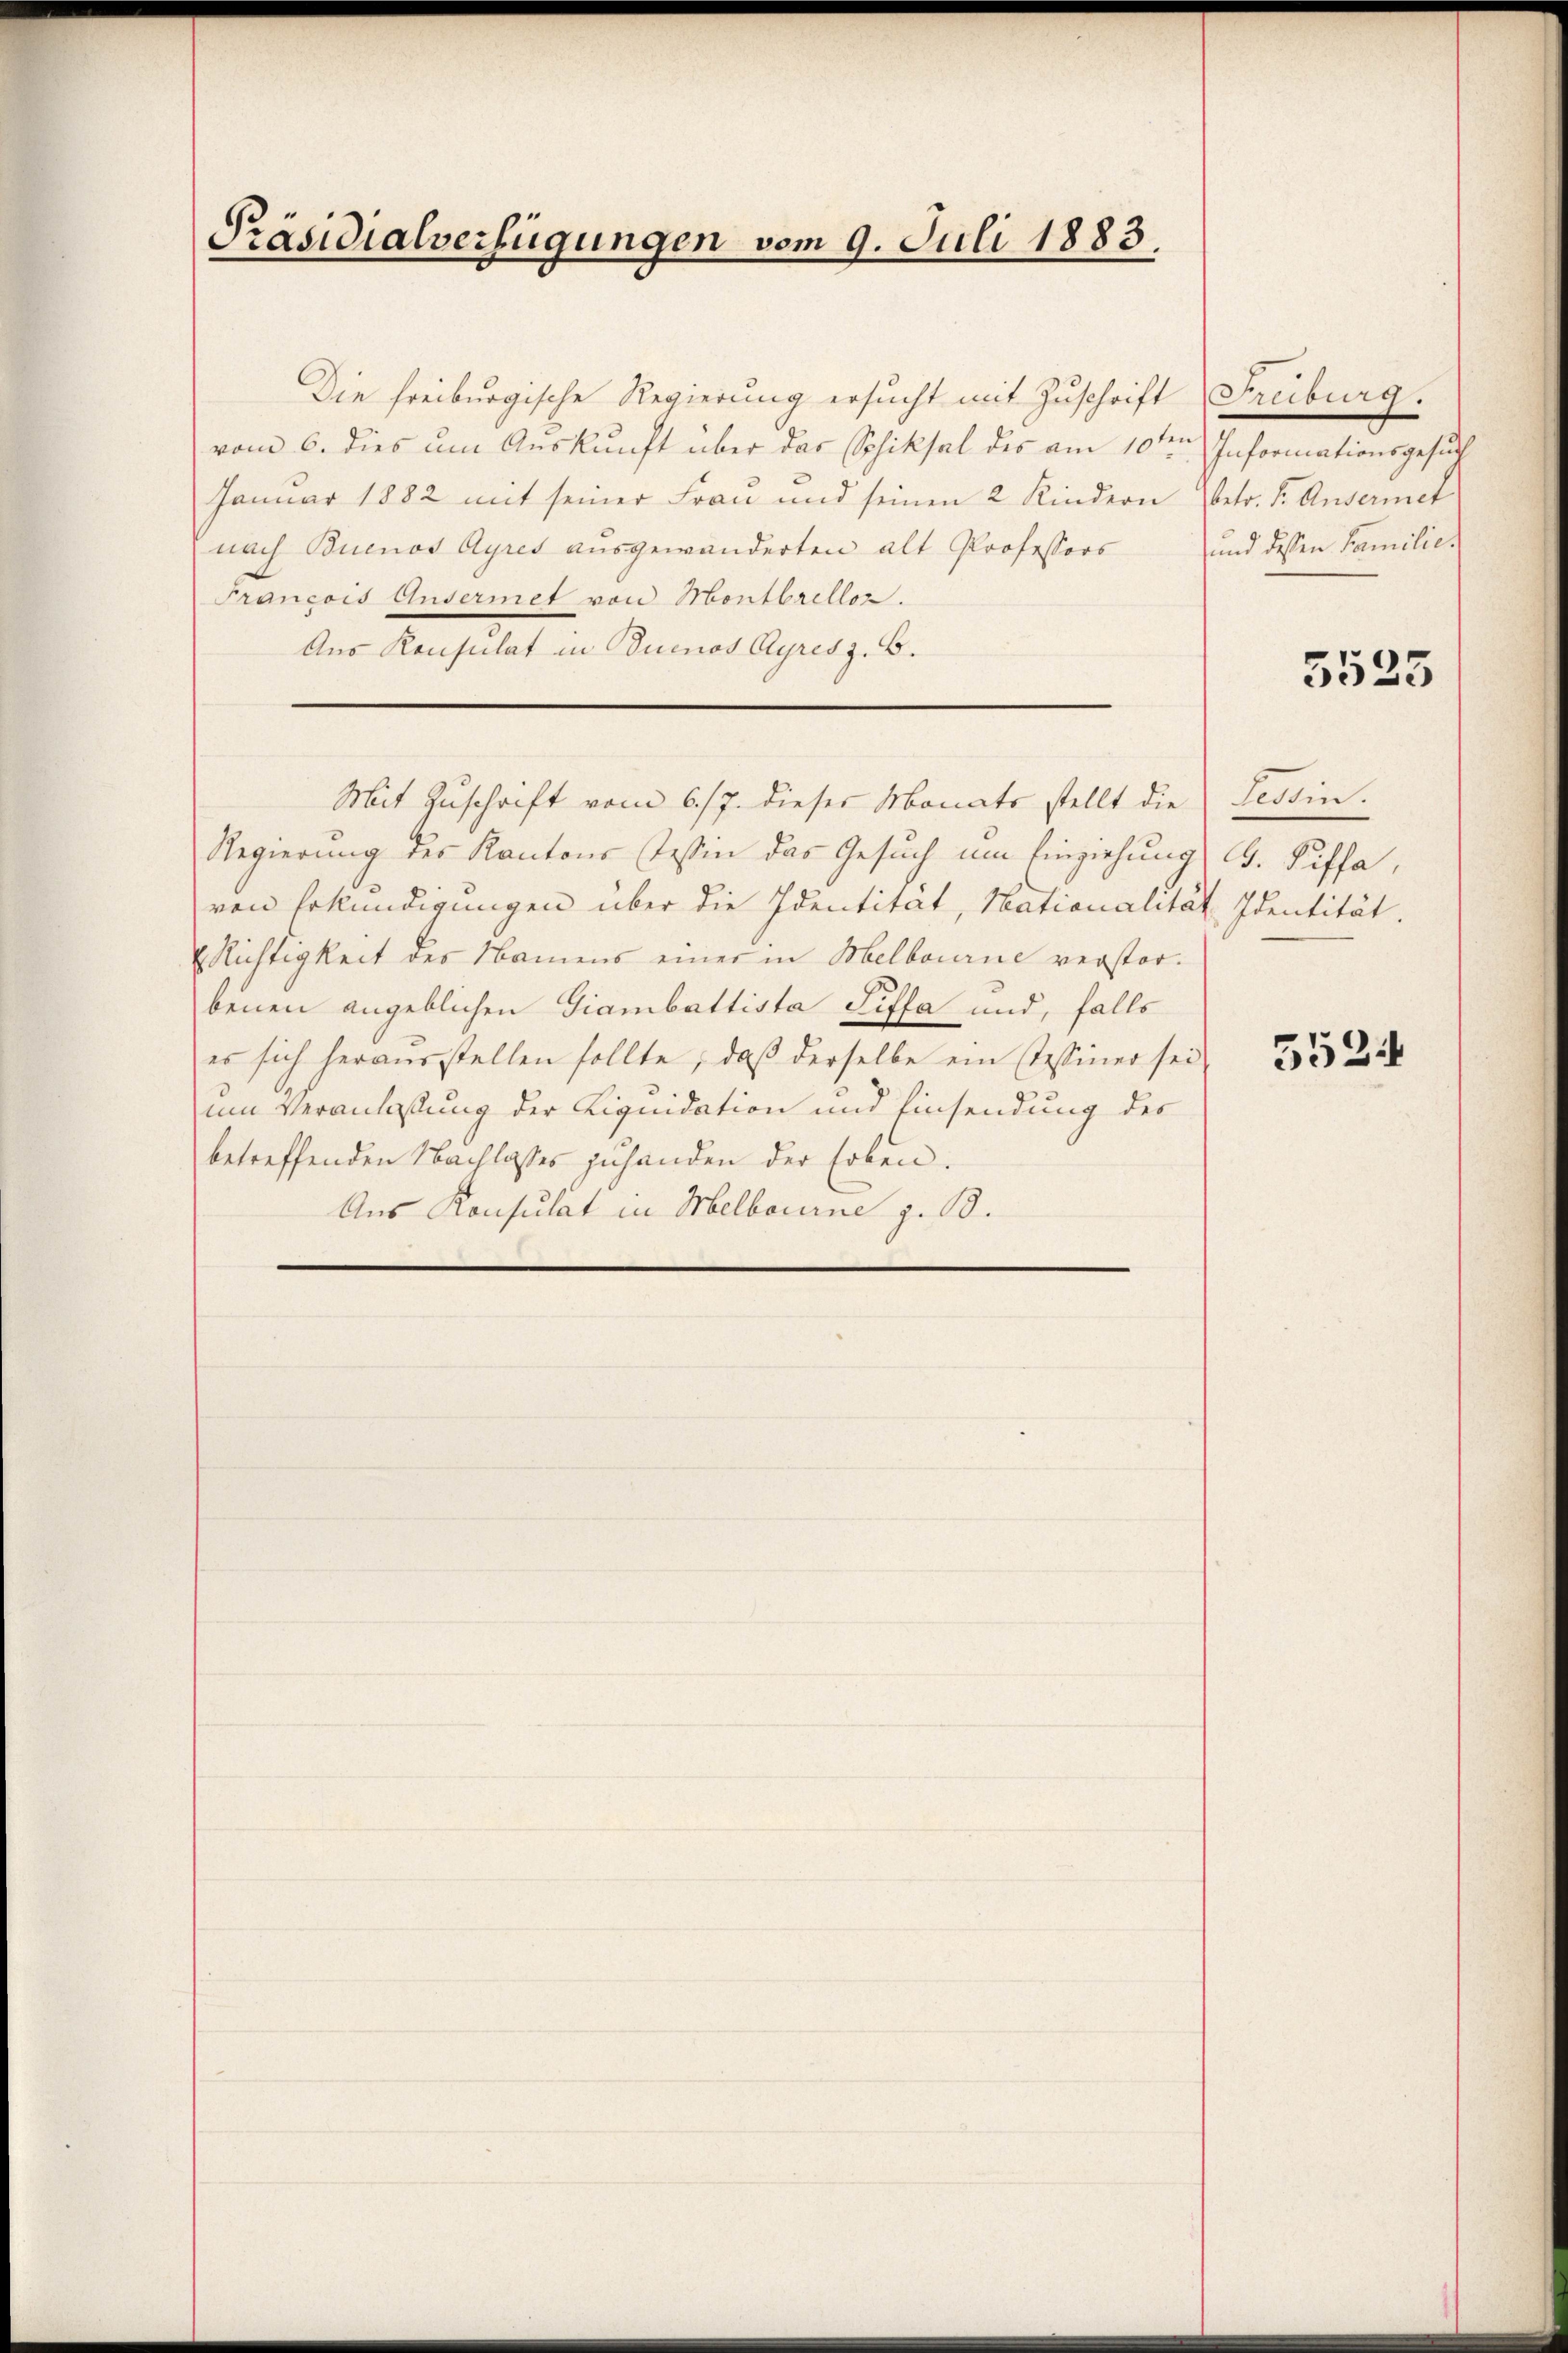
Präsidialverfügungen vom 9. Juli 1883.

Mit Zuschrift vom 6./7. dieser Monats stellt die Tessin.

Die freiburgische Regierung ersucht mit Zuschrift
vom 6. dies um Auskunft über das Schiksal des am 10ten Informationsgesuch
Januar 1882 mit seiner Frau und seinen 2 Kindern
nach Buenos Ayres ausgewänderten alt Professors
Francois Ansermet von Montbrellor.
Aus Konsulat in Buenos Ayres z. B.
Regierung des Kantons Tessin das Gesuch um Einziehung, CG. Siffa,
von Erkundigungen über die Identität, Nationalität Identität.
Richtigkeit des Namens einer in Melbourne verstor-
benen angeblichen Giambattista Siffa und, falls
es sich heraŭsstellen sollte, daβ derselbe ein Tessiner sei-
zum Veranlaßung der Liquidation und Einsendung des
betreffenden Nachlasses zuhanden der Erben.
Aus Konsulat in Melbourne z. B.

Freiburg.
betr. S. Andermet
und dessen Familie¬

5525

5524